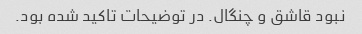
نبود قاشق و چنگال. در توضیحات تاکید شده بود.